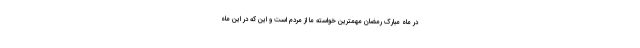
در ماه مبارک رمضان مهمترین خواسته ما از مردم است و این که در این ماه